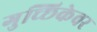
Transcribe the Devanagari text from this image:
गुच्छिकेवर